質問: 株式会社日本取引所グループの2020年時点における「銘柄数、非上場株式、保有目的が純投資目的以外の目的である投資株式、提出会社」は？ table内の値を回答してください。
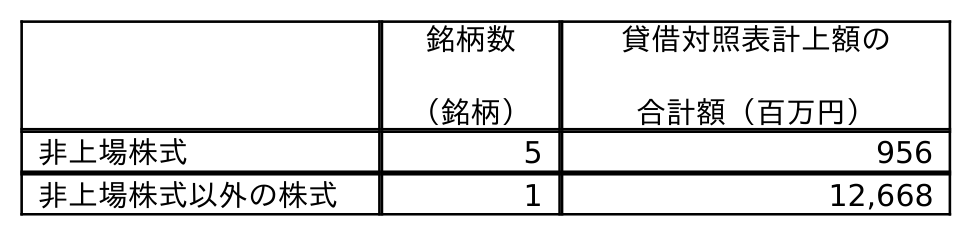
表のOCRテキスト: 銘柄数 （銘柄） 貸借対照表計上額の 合計額（百万円） 非上場株式 5 956 非上場株式以外の株式 1 12,668
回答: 5